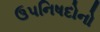
ઉપનિષદોનો